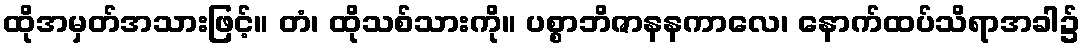
ထိုအမှတ်အသားဖြင့်။ တံ၊ ထိုသစ်သားကို။ ပစ္စာဘိဇာနနကာလေ၊ နောက်ထပ်သိရာအခါ၌